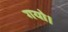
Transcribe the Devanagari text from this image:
गयो।